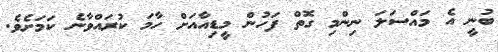
ބުނީ އެ މައްސަލަ ނިންމި ގޮތް ފަހުން މީޑިއާއަށް ހާމަ ކުރައްވާނެ ކަމަށެވެ.